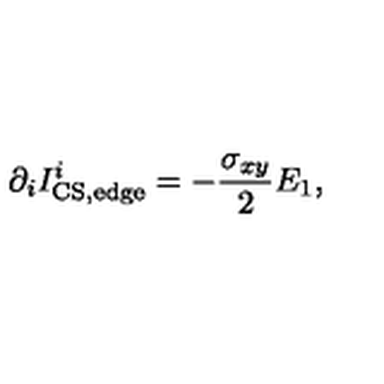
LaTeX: \partial _ { i } I _ { \mathrm { C S , e d g e } } ^ { i } = - { \frac { \sigma _ { x y } } { 2 } } E _ { 1 } ,